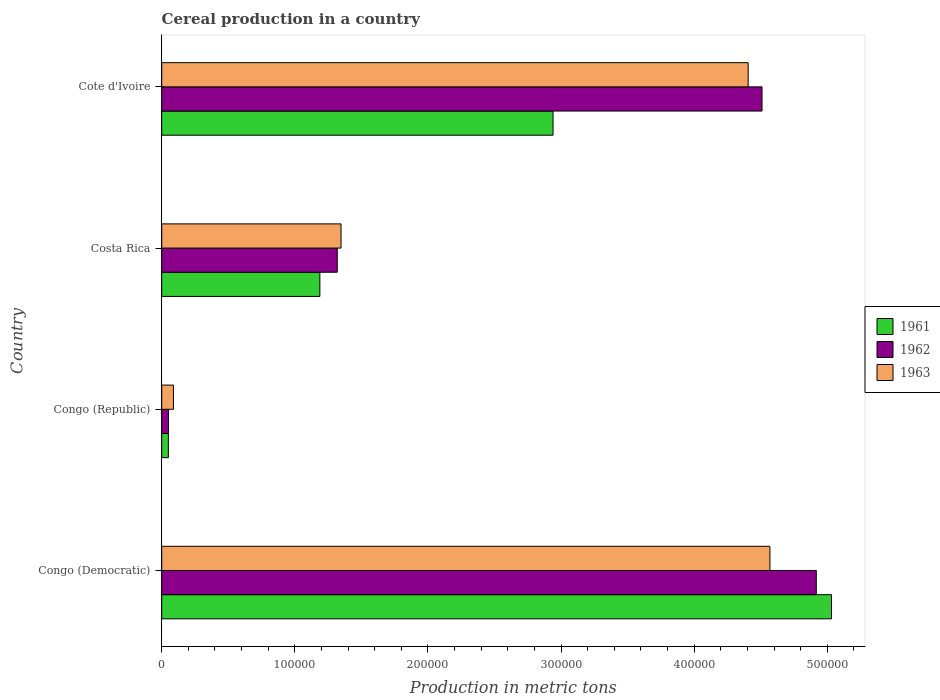
| Country | 1961 | 1962 | 1963 |
 | --- | --- | --- | --- |
 | Congo (Democratic) | 5.03e+05 | 4.92e+05 | 4.57e+05 |
 | Congo (Republic) | 5e+03 | 5.05e+03 | 8.8e+03 |
 | Costa Rica | 1.19e+05 | 1.32e+05 | 1.35e+05 |
 | Cote d'Ivoire | 2.94e+05 | 4.51e+05 | 4.41e+05 |